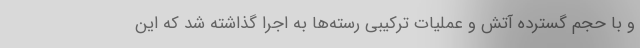
و با حجم گسترده آتش و عملیات ترکیبی رسته‌ها به اجرا گذاشته شد که این